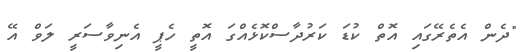
"ދެން އެތެރޭގައި އޮތް ކުޑަ ކަރުދާސްކޮޅެއްގަ އޮތީ ހެޕީ އެނިވާސަރީ ލަވް އޭ